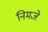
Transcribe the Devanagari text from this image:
निमजे